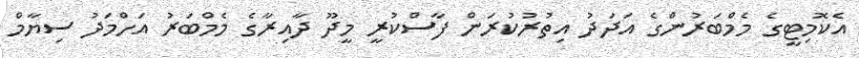
އެކޮމިޓީގެ މެމްބަރުންގެ އަދަދު އިތުރުކުރަން ފާސްކުރީ މީދޫ ދާއިރާގެ މެމްބަރު އަހްމަދު ސިޔާމް